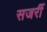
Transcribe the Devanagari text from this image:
सजर्री